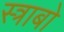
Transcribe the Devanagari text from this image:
स्त्राबो